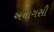
અનાગસી